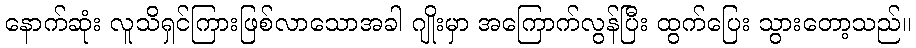
နောက်ဆုံး လူသိရှင်ကြားဖြစ်လာသောအခါ ဂျိုးမှာ အကြောက်လွန်ပြီး ထွက်ပြေး သွားတော့သည်။